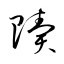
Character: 贖